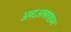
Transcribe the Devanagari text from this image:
अब्दअलग़फ़्फ़ार